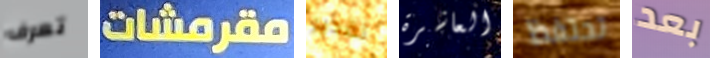
تعرف مقرمشات تقدير العاشرة تحتفظ بعد